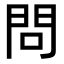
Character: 問